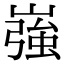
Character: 嵹